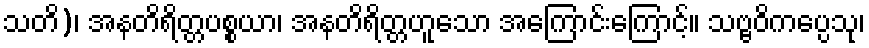
သတိ)၊ အနတိရိတ္တပစ္စယာ၊ အနတိရိတ္တဟူသော အကြောင်းကြောင့်။ သဗ္ဗဝိကပ္ပေသု၊